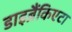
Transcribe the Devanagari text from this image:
डाइब्रैंकिएटा